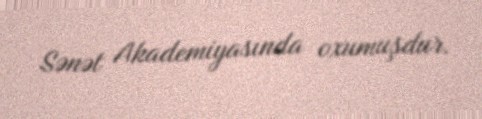
Sənət Akademiyasında oxumuşdur.